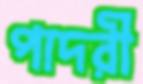
পাদরী